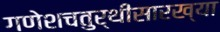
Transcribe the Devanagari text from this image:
गणेशचतुर्थीसारख्या